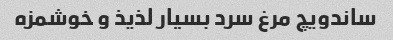
ساندویچ مرغ سرد بسیار لذیذ و خوشمزه